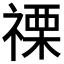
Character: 𮂌